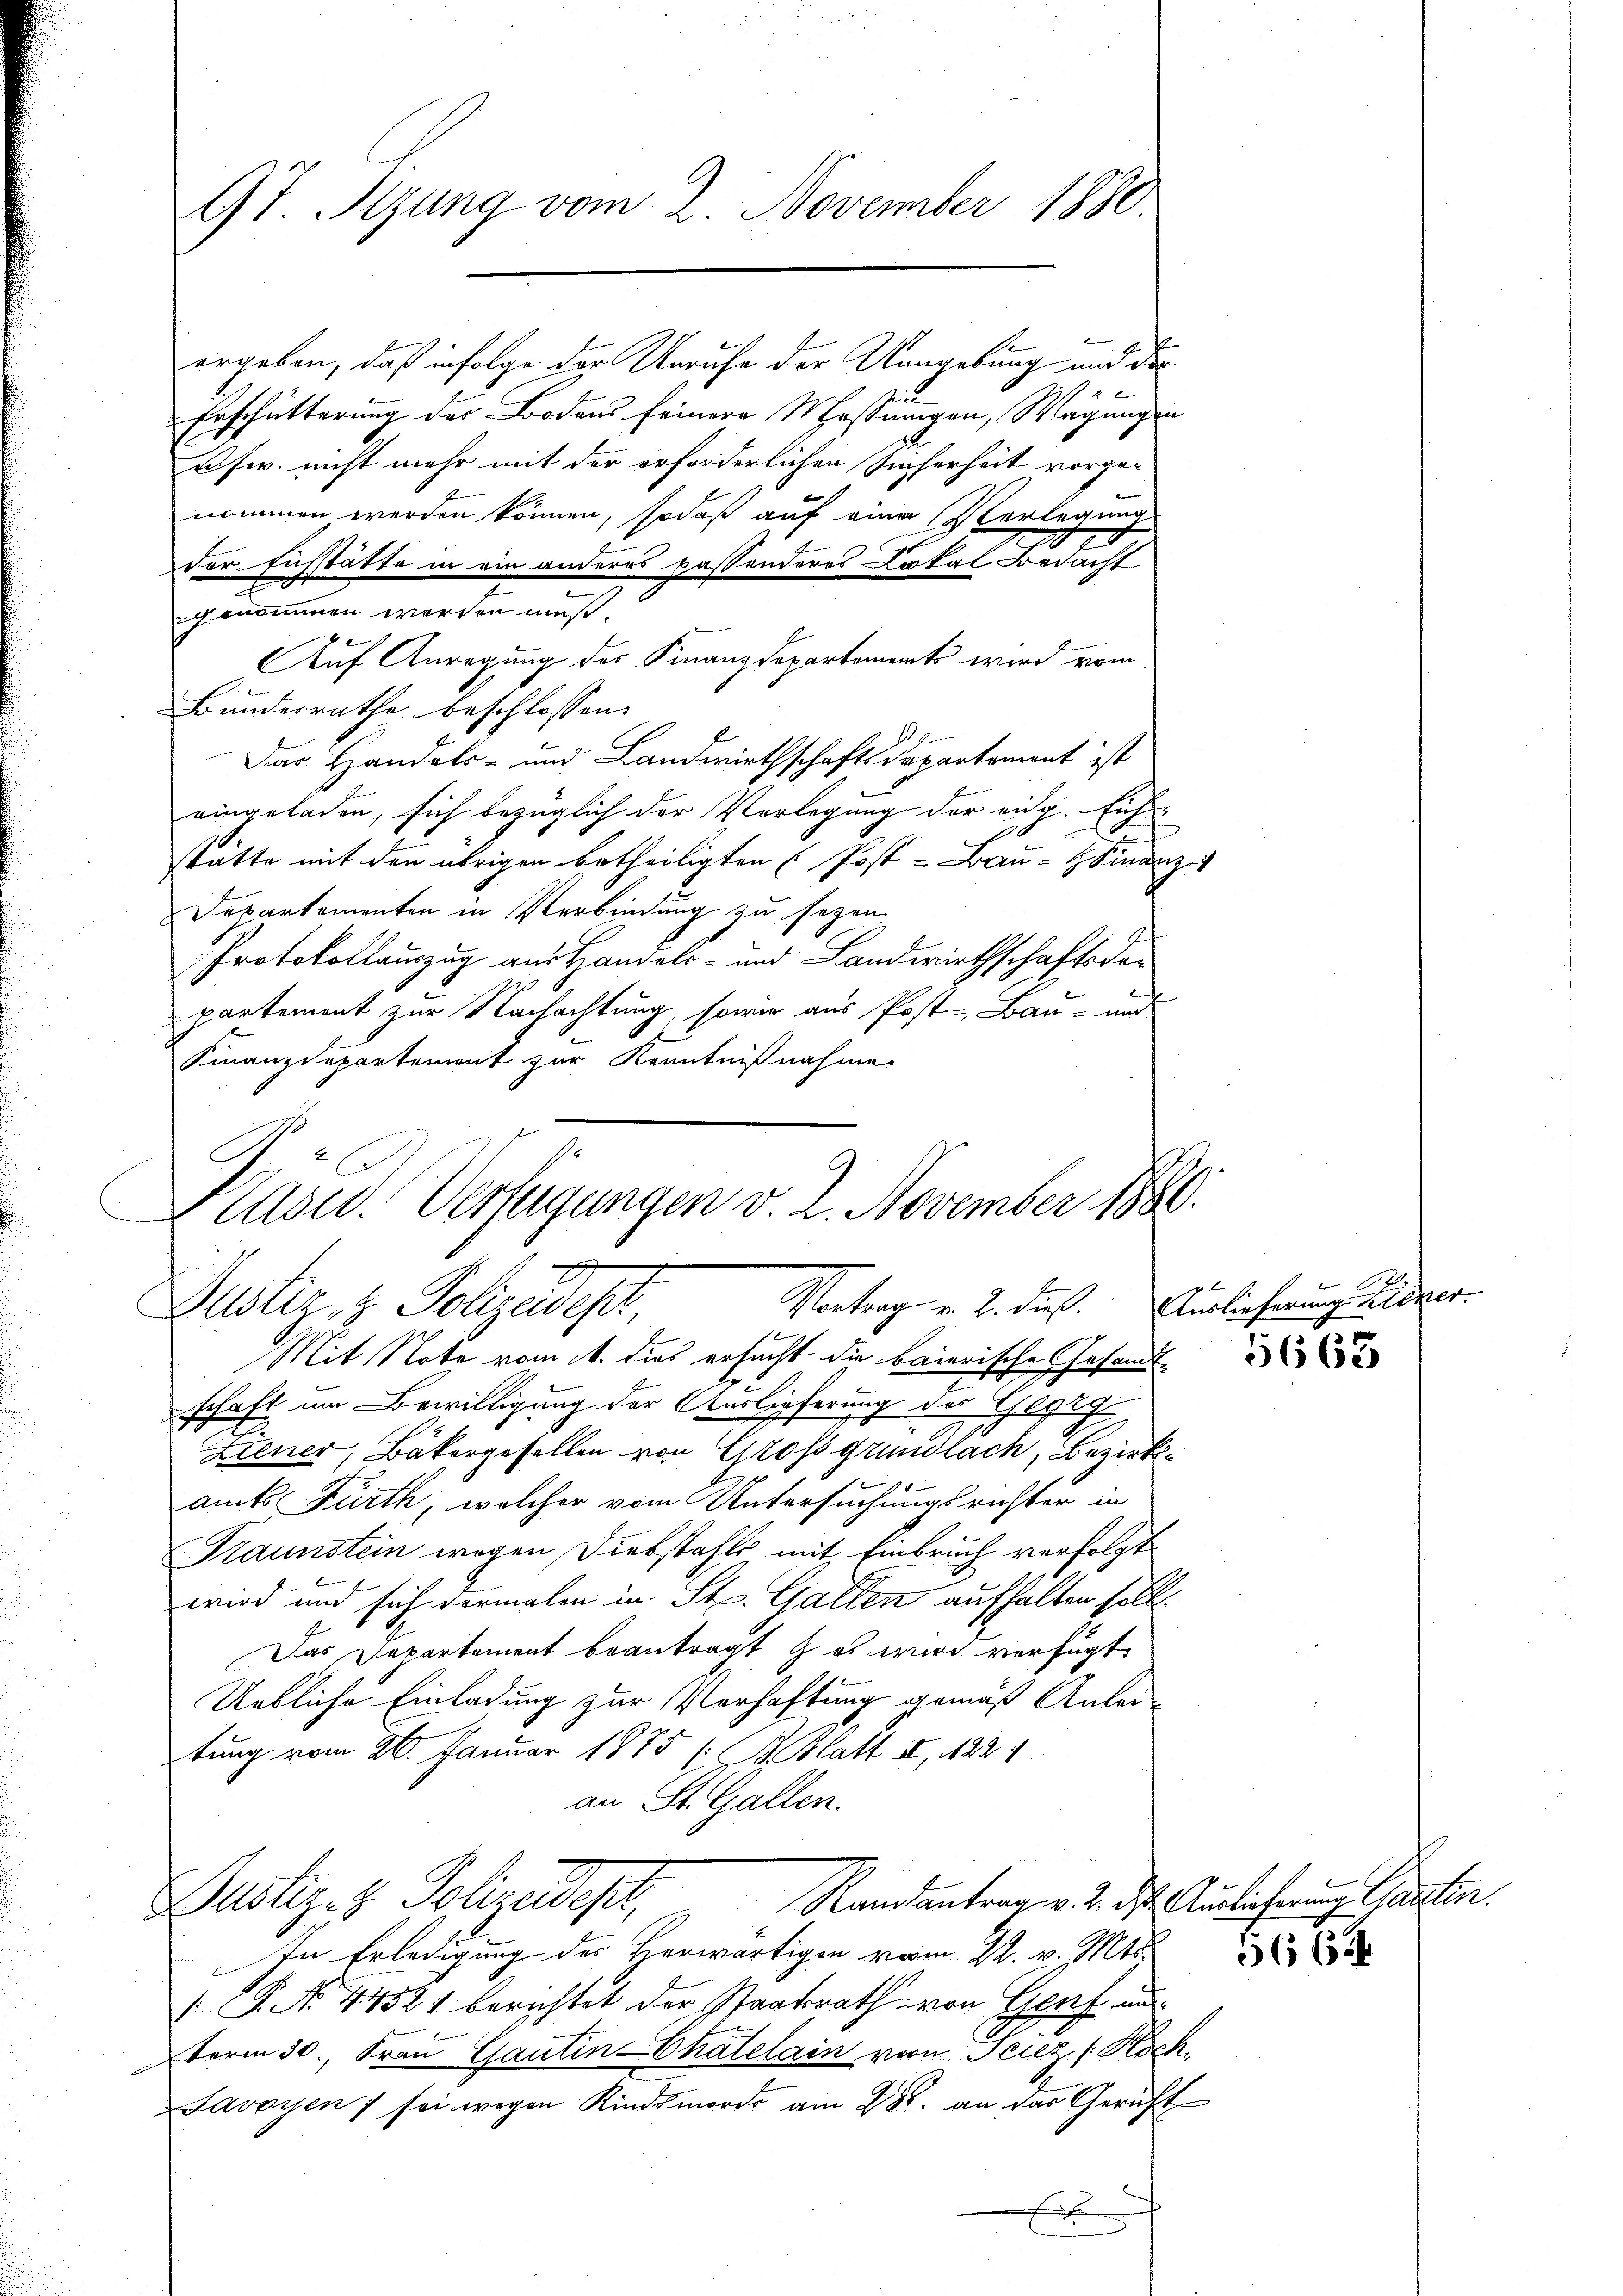
ergeben, daß infolge der Unrufe der Mangebung mit der
Erschütterung des Bodens feinere Massungen, Wägungen
usw. nicht mehr mit der erforderlichen Sicherheit vorge-
nommen werden können, sodaß auf eine Verlegung
Der Fusstätte in ein anderes passenderes Lokal Bedacht
genommen werden muß.
Auf Anregung der Finanzdepartements wird vom
Bundesrathe beschlossen:
Das Handels- und Landwirthschaftsdepartement ist
eingeladen, sich bezüglich der Vorlegung der eidg. Eichstatte mit den übrigen betheiligten (Post - Bau- & Finanz-
Departementen in Verbindung zu sehen.
Protokollauszug aus Handels- und Landwirthschaftsdepartement zur Nachachtung, sowie aus Post-Bau- und
Finanzdepartement zur Kenntnißnahme
Mit Note vom 11. dies ersucht die baierische Gesandtschaft um Bewilligung der Auslieferung des Ehegeg
Etener, Bäkergesellen von Großgrundlach, Bezirkamts Fürth, welcher vom Untersuchungsrichter in
Traunstein wegen Diebstahls mit Einbruch verfolgt
wird und sich dermalen in St. Gallen aufhalten soll.
Das Departement beantragt es wird verfügt:
Uebliche Einladung zur Verhaftung gemäß Anleitung vom 26. Januar 1875 (: B. Blatt II, 1821
an St. Gallen.
Randantrag v. 2. ds. Auslicherung Garten.
Justiz- & Polizeidepar,
In Erledigung des Herwärtigen vom 22. v. Mts.
 P. No 4452. berichtet der Staatsrath von Genf un
term 30. Frau Gantin-Chatelain von Feiez (Koch,
Savoyen 7 sei wegen Kindsmorde am 28. an das Gericht

97. Sizung vom 2. November 1880

2
Pasid. Verfügungen v. 2. November 1880.
7
Vortrag v. 2. dieß. Auslieferung Lieger.
Justiz & Polizeidest

5663

366.